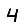
Digit: 4